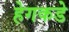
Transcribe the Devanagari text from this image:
हेगकडे